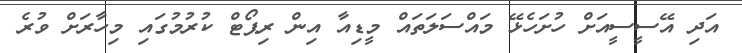
އަދި އޭސީސީއަށް ހުށަހެޅޭ މައްސަލަތައް މީޑިއާ އިން ރިޕޯޓް ކުރުމުގައި މިހާރަށް ވުރެ